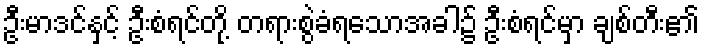
ဦးမာဒင်နှင့် ဦးစံရင်တို့ တရားစွဲခံရသောအခါ၌ ဦးစံရင်မှာ ချစ်တီး၏